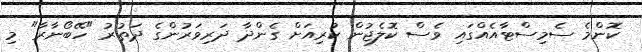
ކޮންމެ ސެމިސްޓާއެއްގައި ވެސް ކޮލެޖުން ކުރިއަށް ގެންދާ ދަރިވަރުންގެ ދަތުރު "ހޭބޯނާރާ" މި